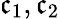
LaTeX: \mathfrak{c}_{1},\mathfrak{c}_{2}